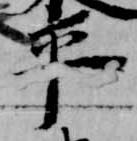
平